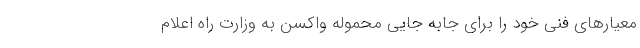
معیارهای فنی خود را برای جابه جایی محموله واکسن به وزارت راه اعلام